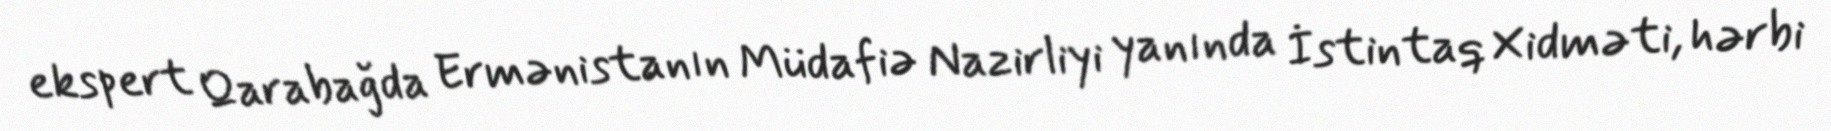
ekspert Qarabağda Ermənistanın Müdafiə Nazirliyi yanında İstintaq Xidməti, hərbi